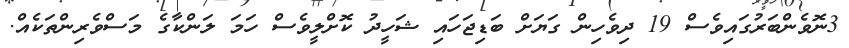
3ނޮވެންބަރުގައިވެސް 19 ދިވެހިން ގަޔަށް ބަޑިޖަހައި ޝަހީދު ކޮށްލީވެސް ހަމަ ލަންކާގެ މަސްވެރިންތަކެއް.